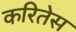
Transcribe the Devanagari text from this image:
करितेस